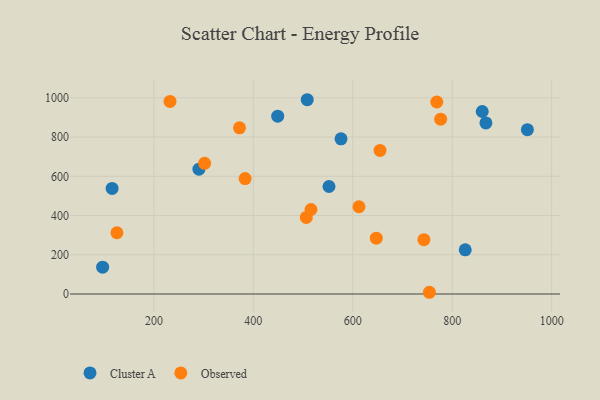
{"axis": {"x": "Distance", "y": "Profit"}, "legend": ["Cluster A", "Observed"], "data": [{"x": "508.4", "y": 990.4, "type": "Cluster A"}, {"x": "290.6", "y": 636.6, "type": "Cluster A"}, {"x": "552.2", "y": 548.1, "type": "Cluster A"}, {"x": "867.8", "y": 872.3, "type": "Cluster A"}, {"x": "860.4", "y": 930.4, "type": "Cluster A"}, {"x": "826.2", "y": 225.2, "type": "Cluster A"}, {"x": "116.0", "y": 538.4, "type": "Cluster A"}, {"x": "449.0", "y": 906.6, "type": "Cluster A"}, {"x": "576.4", "y": 790.9, "type": "Cluster A"}, {"x": "951.2", "y": 837.6, "type": "Cluster A"}, {"x": "96.9", "y": 136.7, "type": "Cluster A"}, {"x": "776.8", "y": 891.5, "type": "Observed"}, {"x": "647.3", "y": 284.8, "type": "Observed"}, {"x": "125.7", "y": 312.2, "type": "Observed"}, {"x": "516.0", "y": 430.9, "type": "Observed"}, {"x": "506.5", "y": 390.6, "type": "Observed"}, {"x": "654.8", "y": 732.0, "type": "Observed"}, {"x": "302.0", "y": 666.0, "type": "Observed"}, {"x": "743.1", "y": 276.7, "type": "Observed"}, {"x": "232.4", "y": 981.8, "type": "Observed"}, {"x": "612.4", "y": 444.7, "type": "Observed"}, {"x": "383.5", "y": 588.4, "type": "Observed"}, {"x": "754.1", "y": 8.8, "type": "Observed"}, {"x": "769.0", "y": 978.9, "type": "Observed"}, {"x": "372.2", "y": 847.1, "type": "Observed"}]}